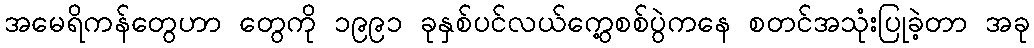
အမေရိကန်တွေဟာ တွေကို ၁၉၉၁ ခုနှစ်ပင်လယ်ကွေ့စစ်ပွဲကနေ စတင်အသုံးပြုခဲ့တာ အခု